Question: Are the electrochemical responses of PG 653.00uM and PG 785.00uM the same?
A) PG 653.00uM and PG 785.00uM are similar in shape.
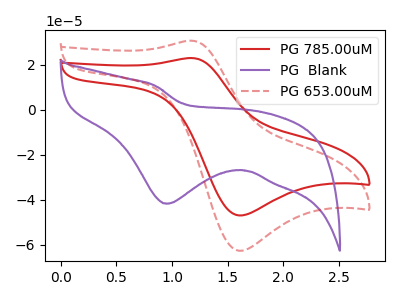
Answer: <think>The red curve "PG 785.00uM" has an anodic peak at (1.15V, 23.05uA) and a cathodic peak at (1.60V, -46.90uA). The purple curve "PG  Blank" has a cathodic peak at: (0.95V, -41.70uA). The red dashed curve "PG 653.00uM" has an anodic peak at (1.15V, 30.75uA) and a cathodic peak at (1.60V, -62.55uA).
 All the peaks in "PG 653.00uM" have a peak in "PG 785.00uM" at the same potential. Every peak in "PG 653.00uM" is higher than every peak in "PG 785.00uM".</think>
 <answer>A) "PG 653.00uM" and "PG 785.00uM" are similar in shape.</answer>
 <eval>A</eval>